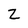
Character: Z